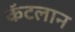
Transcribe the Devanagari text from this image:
कॅटलान